Vaccination in Bombay 1889-1901 - 1889-1901
Year: 1889
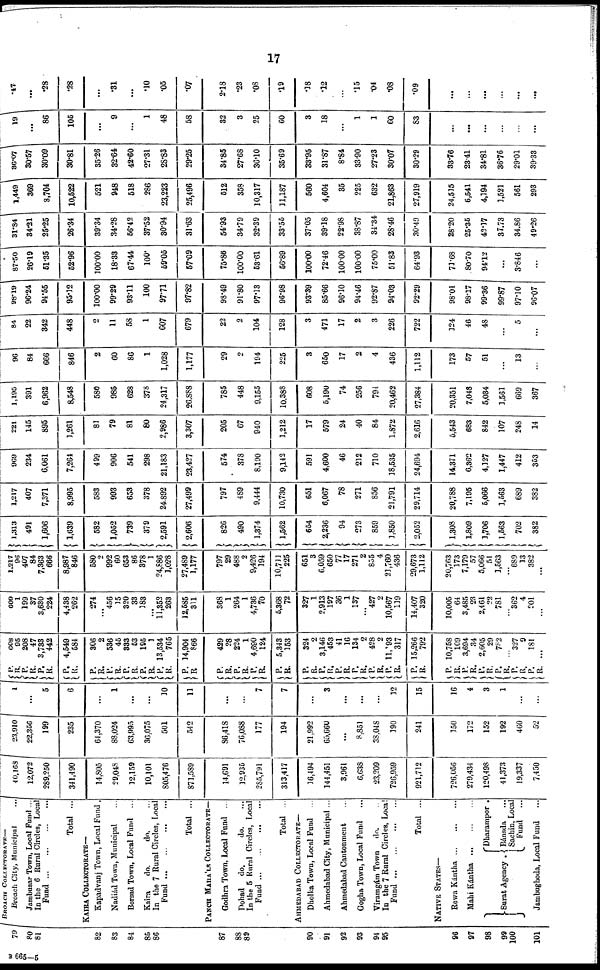
17
79
80
81
82
83
84
85
86
87
88
89
90
91
92
93
94
95
96
97
98
99
100
101
BROACH COLLECTORATE—
Broach City, Municipal ...
Jambusar Town, Local Fund ...
In the 6 Rural Circles, Local
Fund...
...
...
...
Total ...
KAIRA COLLECTORATE—
Kapadvanj Town, Local Fund .
Nadiád Town, Municipal ...
Borsad Town, Local Fund ...
Kaira
do.
do. ...
In the 7 Rural Circles, Local
Fund... ... ... ...
Total ...
PANCH MAHÁLS COLLECTORATE—
Godhra Town, Local Fund ...
Dohad do.
do. ...
In the 5 Rural Circle, Local
Fund... ... ... ...
Total ...
AHMEDABAD COLLECTORATE—
Dholka Town, Local Fund ...
Ahmedabad City, Municipal ...
Ahmedabad Cantonment ...
Gogha Town, Local Fund ...
Viramgám Town
do. ...
In the 7 Rural Circles, Local
Fund...
...
...
...
Total ...
NATIVE STATES—
Rewa
Kántha...
...
...
Mahi
Kántha...
...
...
Surat Agency .
Dharampor .
Bánsda ...
Sachin, Local
Fund
...
Jambughoda, Local Fund ...
40,168
12,072
289,250
341,490
14,805
29,048
12,159
10,101
805,476
871,589
14,691
12,935
285,791
313,417
16,494
144,451
3,961
6,638
23,209
726,959
921,712
726,056
279,434
120,498
41,373
19,337
7,450
23,910
22,356
199
235
64,370
88,024
63,995
36,075
501
542
86,418
76,088
177
194
21,992
65,660
...
8,851
38,048
190
241
150
172
152
192
460
52
1
...
5
6
...
1
...
...
10
11
...
...
7
7
...
3
...
...
...
12
15
16
4
3
1
...
...
P.
R.
P.
R.
P.
R.
P.
R.
608
95
208
47
3,733
442
4,549
584
P.
R.
P.
R.
P.
R.
P.
R.
P.
R.
P.
R.
306
2
536
45
333
53
195
1
13,534
765
14,904
866
P.
R. P.
R.
P.
R.
P.
R.
429
28
224
1
4,690
124
5,343
153
P.
R. P.
R. P.
R.
P.
R.
P.
R.
P.
R.
P.
R.
324
2
3,146
453
41
16
134
2
428
2
11,193
317
15,266
792
P.
R.
P.
R.
P.
R.
P.
R.
P.
R.
P.
R.
10,758
109
3,694
34
2,605
29
782
...
327
9
181
...
609
1
199
37
3,630
224
4,438
262
274
...
456
15
320
33
183
...
11,352
263
12,585
311
368
1
264
1
4,736
70
5,368
72
327
1
2,913
197
36
1
137
... 427
2
10,567
119
14,407
320
10,005
64
3,485
23
2,461
22
781
...
362
4
201
...
1,217
96
407
84
7,363
666
8,987
846
580
2
992
60
653
86
378
1
24,886
1,028
27,489
1,177
797
29
488
2
9,426
194
10,711
225
651
3
6,059
650
77
17
271
2
855
4
21,760
436
29,673
1,112
20,763
173
7,179
57
5,066
51
1,563
...
689
13
382
...
1,313
491
1,606
1,639
582
1,052
739
379
2,591
2,606
826
490
1,374
1,562
654
2,236
94
273
859
1,850
2,052
1,308
1,809
1,706
1,563
702
382
1,217
407
7,371
8,995
583
993
653
378
24,892
27,499
797
489
9,444
10,730
651
6,067
78
271
856
21,791
29,714
20,788
7,195
5,066
1,563
689
382
969
234
6,061
7,264
499
906
541
298
21,183
23,427
574
378
8,190
9,142
591
4,600
46
212
710
18,535
24,694
14,371
6,362
4,127
1,447
412
353
221
145
895
1,261
81
79
81
80
2,986
3,307
205
67
940
1,212
17
579
24
40
84
1,872
2,616
5,543
683
842
107
248
14
1,195
391
6,962
8,548
580
985
628
378
24,317
26,888
785
448
9,155
10,388
608
5,190
74
256
794
20,462
27,384
20,351
7,048
5,034
1,561
669
367
96
84
666
846
2
60
86
1
1,028
1,177
29
2
194
225
3
650
17
2
4
436
1,112
173
57
51
...
13
...
84
22
342
448
2
11
58
1
607
679
22
2
104
128
3
471
17
2
3
226
722
124
46
48
...
5
...
98.19
96.24
94.55
95.12
100.00
99.29
93.11
100
97.71
97.82
98.49
91.80
97.13
96.98
93.39
85.66
96.10
94.46
92.87
94.03
92.29
98.01
98.17
99.36
99.87
97.10
96.07
87.50
26.19
51.35
52.96
100.00
18.33
67.44
100.
59.05
57.09
75.86
100.00
53.61
56.89
100.00
72.46
100.00
100.00
75.00
51.83
64.93
71.68
80.70
94.12
...
3.846
...
31.84
34.21
25.25
26.34
39.34
34.28
56.42
37.52
30.94
31.63
54.93
34.79
32.39
33.55
37.05
39.18
22.98
38.87
34.34
28.46
30.49
28.20
25.35
43.17
37.73
34.86
49.26
1,449
369
8,704
10,522
521
948
518
286
23,223
25,496
512
358
10,317
11,187
560
4,604
35
225
632
21,863
27,919
24,515
6,541
4,194
1,521
561
293
36.07
30.57
30.09
30.81
35.26
32.64
42.60
27.31
28.83
29.25
34.85
27.68
36.10
35.69
33.95
31.87
8.84
33.90
27.23
30.07
30.29
33.76
23.41
34.81
36.76
29.01
39.33
19
...
86
105
...
9
...
1
48
58
32
3
25
60
3
18
...
1
1
60
83
...
...
...
...
...
...
.47
...
.28
.28
...
.31
...
.10
.05
.07
2.18
.23
.08
.19
.18
.12
...
.15
.04
.08
.09
...
...
...
...
...
...
B 665—5